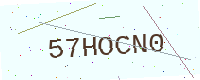
Text: 57HOCN0